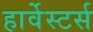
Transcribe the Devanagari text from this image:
हार्वेस्टर्स